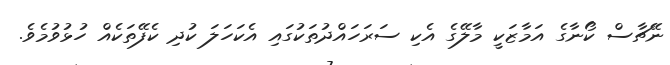
ނޭޗާސް ކޯނާގެ އަމާޒަކީ މާލޭގެ އެކި ސަރަހައްދުތަކުގައި އެކަހަލަ ކުދި ކެފޭތަކެއް ހުޅުވުމެވެ.